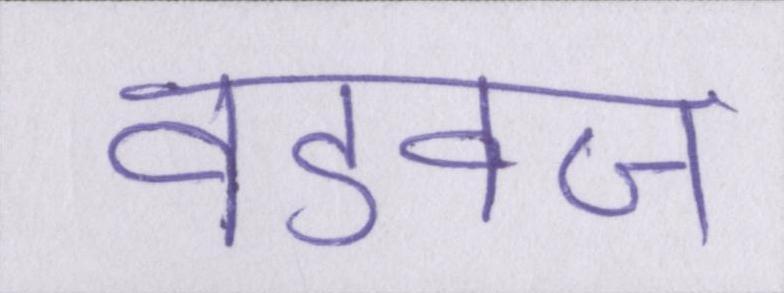
वडवज